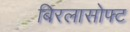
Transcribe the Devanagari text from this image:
बिरलासोफ्ट